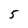
Character: 5